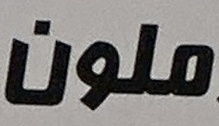
ملون